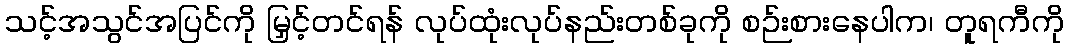
သင့်အသွင်အပြင်ကို မြှင့်တင်ရန် လုပ်ထုံးလုပ်နည်းတစ်ခုကို စဉ်းစားနေပါက၊ တူရကီကို